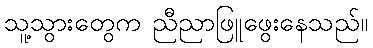
သူ့သွားတွေက ညီညာဖြူဖွေးနေသည်။